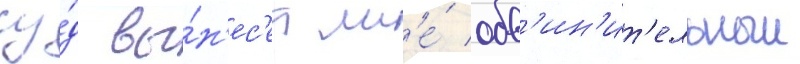
су́д вы́н'ес'ет мн'е́ обв'ин'ит'ельныи